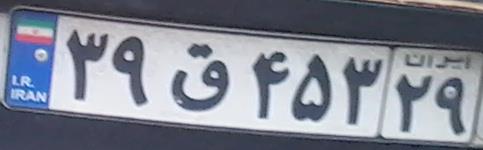
۳۹ق۴۵۳۲۹